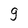
Character: e